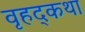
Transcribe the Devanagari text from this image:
वृहद्कथा